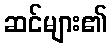
ဆင်များ၏